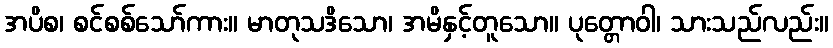
အပိစ၊ စင်စစ်သော်ကား။ မာတုသဒိသော၊ အမိနှင့်တူသော။ ပုတ္တောဝါ၊ သားသည်လည်း။